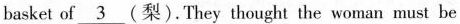
basket of \underline{3} (梨).They thought the woman must be